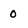
Character: 0